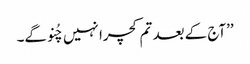
’’آج کے بعد تم کچرا نہیں چُنو گے۔